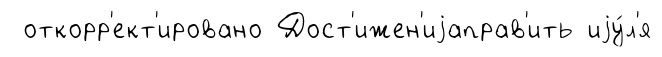
откорр'ект'ировано Дост'ижен'иjаправ'ить иjу́л'я